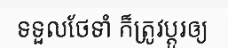
ទទួលថែទាំ ក៏ត្រូវប្តូរឲ្យ